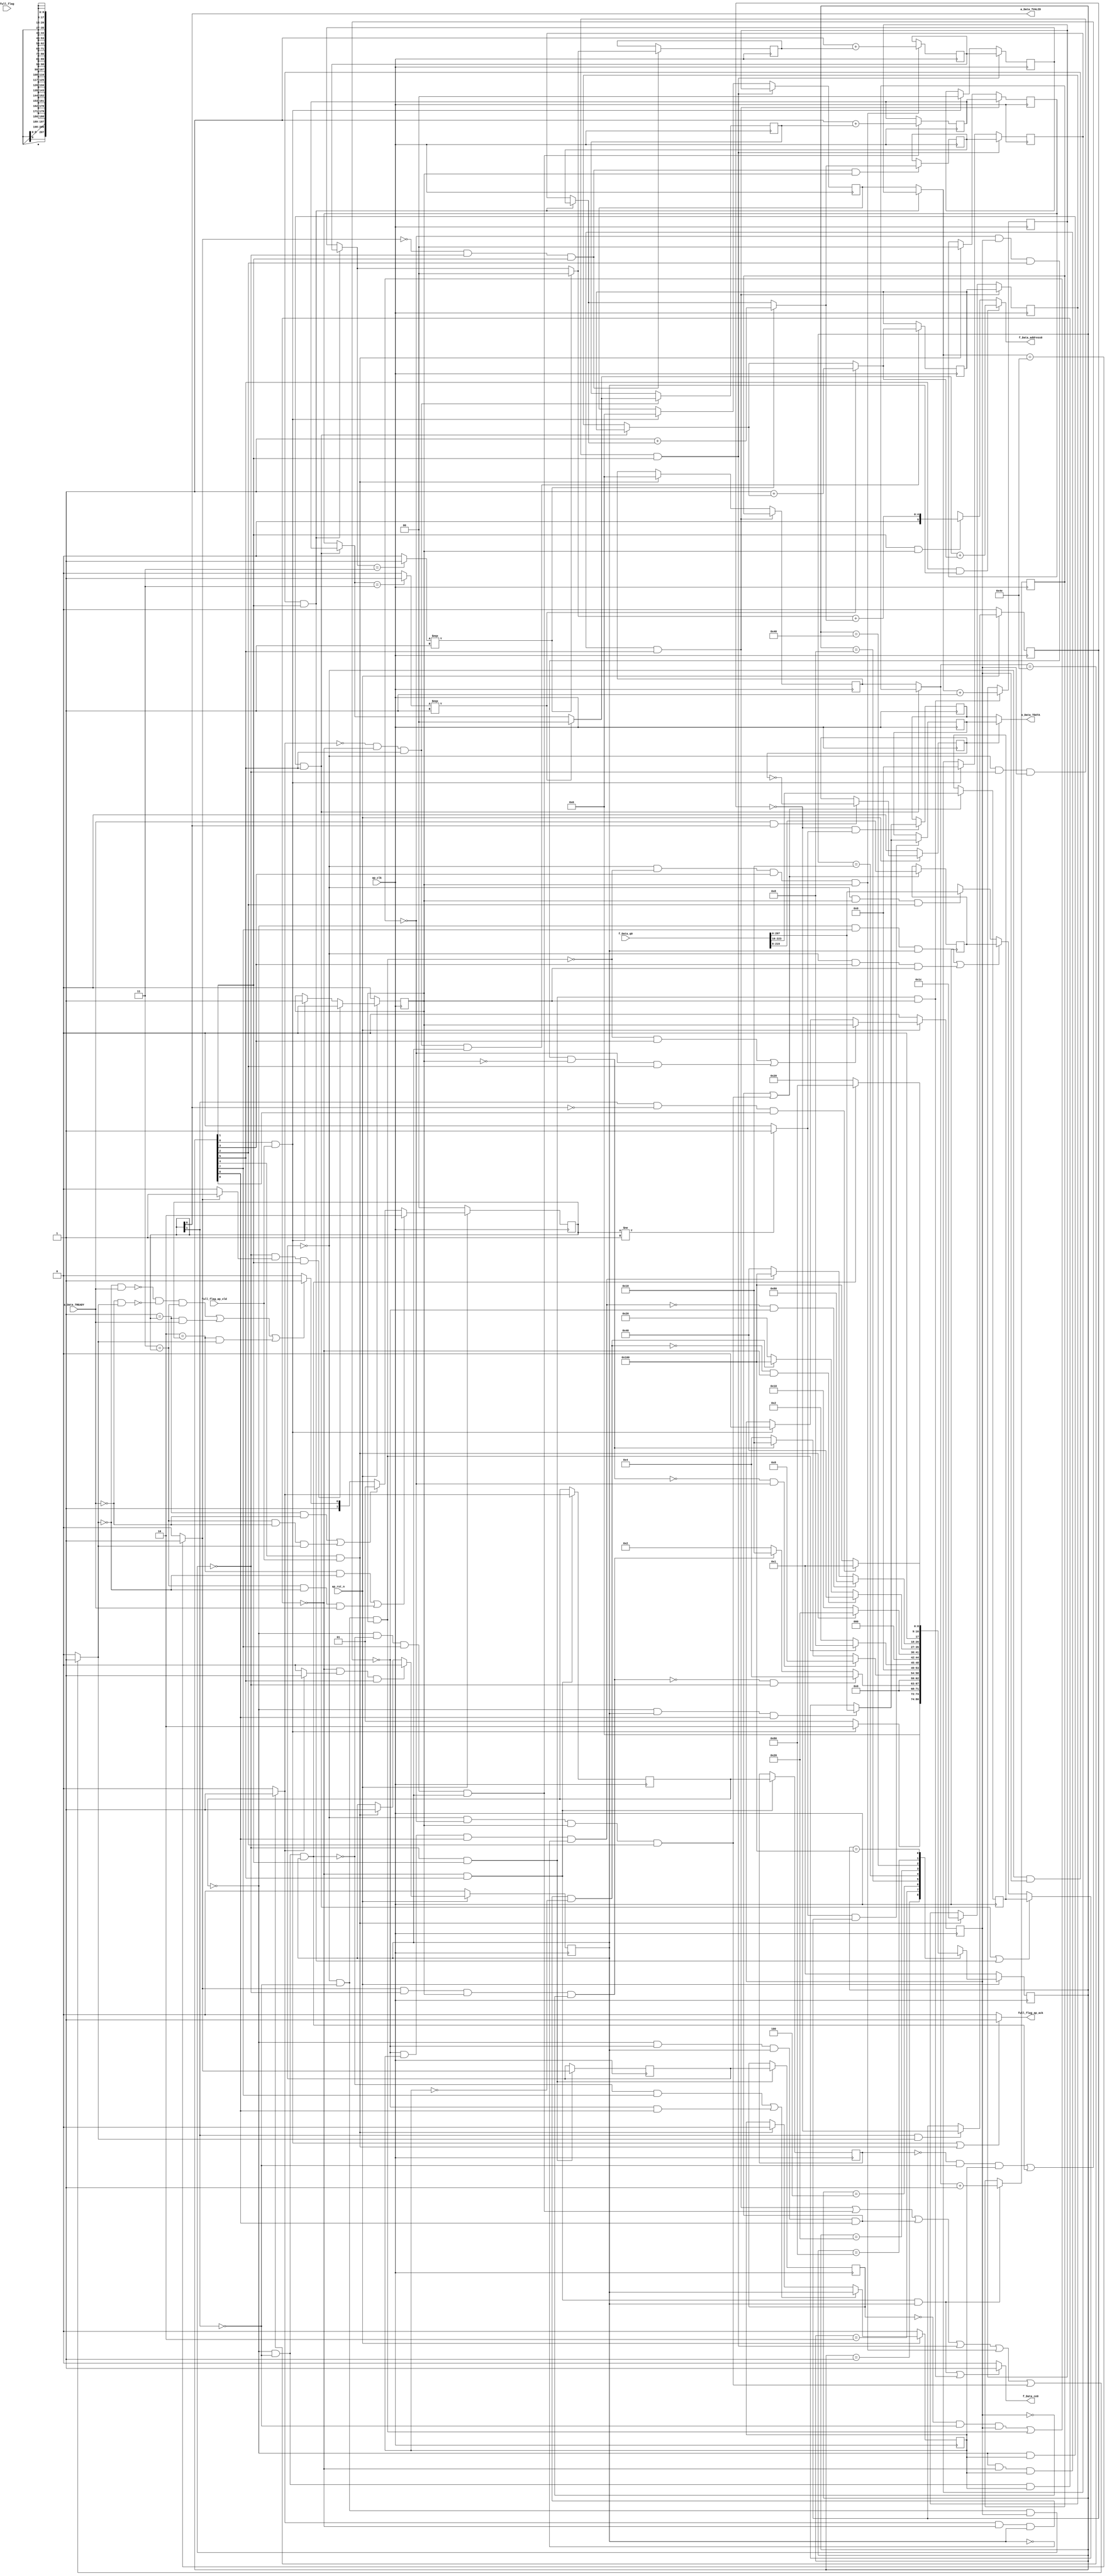
// ==============================================================
// RTL generated by Vivado(TM) HLS - High-Level Synthesis from C, C++ and SystemC
// Version: 2018.3
// Copyright (C) 1986-2018 Xilinx, Inc. All Rights Reserved.
// 
// ===========================================================

`timescale 1 ns / 1 ps 

(* CORE_GENERATION_INFO="Layer1_ReadBRAM,hls_ip_2018_3,{HLS_INPUT_TYPE=cxx,HLS_INPUT_FLOAT=0,HLS_INPUT_FIXED=0,HLS_INPUT_PART=xazu3eg-sfvc784-1-i,HLS_INPUT_CLOCK=10.000000,HLS_INPUT_ARCH=others,HLS_SYN_CLOCK=3.677000,HLS_SYN_LAT=474,HLS_SYN_TPT=none,HLS_SYN_MEM=0,HLS_SYN_DSP=0,HLS_SYN_FF=915,HLS_SYN_LUT=552,HLS_VERSION=2018_3}" *)

module Layer1_ReadBRAM (
        ap_clk,
        ap_rst_n,
        full_flag,
        full_flag_ap_vld,
        full_flag_ap_ack,
        f_Data_address0,
        f_Data_ce0,
        f_Data_q0,
        a_Data_TDATA,
        a_Data_TVALID,
        a_Data_TREADY
);

parameter    ap_ST_fsm_state1 = 9'd1;
parameter    ap_ST_fsm_pp0_stage0 = 9'd2;
parameter    ap_ST_fsm_pp0_stage1 = 9'd4;
parameter    ap_ST_fsm_pp0_stage2 = 9'd8;
parameter    ap_ST_fsm_state7 = 9'd16;
parameter    ap_ST_fsm_pp1_stage0 = 9'd32;
parameter    ap_ST_fsm_pp1_stage1 = 9'd64;
parameter    ap_ST_fsm_pp1_stage2 = 9'd128;
parameter    ap_ST_fsm_state13 = 9'd256;

input   ap_clk;
input   ap_rst_n;
input   full_flag;
input   full_flag_ap_vld;
output   full_flag_ap_ack;
output  [5:0] f_Data_address0;
output   f_Data_ce0;
input  [223:0] f_Data_q0;
output  [207:0] a_Data_TDATA;
output   a_Data_TVALID;
input   a_Data_TREADY;

reg full_flag_ap_ack;
reg[5:0] f_Data_address0;
reg f_Data_ce0;

 reg    ap_rst_n_inv;
reg   [207:0] a_Data_1_data_in;
reg   [207:0] a_Data_1_data_out;
reg    a_Data_1_vld_in;
wire    a_Data_1_vld_out;
wire    a_Data_1_ack_in;
wire    a_Data_1_ack_out;
reg   [207:0] a_Data_1_payload_A;
reg   [207:0] a_Data_1_payload_B;
reg    a_Data_1_sel_rd;
reg    a_Data_1_sel_wr;
wire    a_Data_1_sel;
wire    a_Data_1_load_A;
wire    a_Data_1_load_B;
reg   [1:0] a_Data_1_state;
wire    a_Data_1_state_cmp_full;
reg    full_flag_blk_n;
(* fsm_encoding = "none" *) reg   [8:0] ap_CS_fsm;
wire    ap_CS_fsm_state1;
wire    ap_CS_fsm_state7;
reg    a_Data_TDATA_blk_n;
wire    ap_CS_fsm_pp0_stage1;
reg    ap_enable_reg_pp0_iter0;
wire    ap_block_pp0_stage1;
reg   [0:0] exitcond_flatten_reg_342;
wire    ap_CS_fsm_pp0_stage2;
wire    ap_block_pp0_stage2;
wire    ap_CS_fsm_pp0_stage0;
reg    ap_enable_reg_pp0_iter1;
wire    ap_block_pp0_stage0;
reg   [0:0] exitcond_flatten_reg_342_pp0_iter1_reg;
wire    ap_CS_fsm_pp1_stage1;
reg    ap_enable_reg_pp1_iter0;
wire    ap_block_pp1_stage1;
reg   [0:0] exitcond_flatten8_reg_376;
wire    ap_CS_fsm_pp1_stage2;
wire    ap_block_pp1_stage2;
wire    ap_CS_fsm_pp1_stage0;
reg    ap_enable_reg_pp1_iter1;
wire    ap_block_pp1_stage0;
reg   [0:0] exitcond_flatten8_reg_376_pp1_iter1_reg;
reg   [6:0] indvar_flatten_reg_116;
reg   [4:0] rc_reg_127;
reg   [1:0] k_reg_138;
reg   [6:0] indvar_flatten6_reg_149;
reg   [5:0] rc3_reg_160;
reg   [1:0] k4_reg_171;
reg   [207:0] reg_202;
wire    ap_block_state3_pp0_stage1_iter0;
reg    ap_block_state3_io;
wire    ap_block_state6_pp0_stage1_iter1;
reg    ap_block_state6_io;
reg    ap_block_pp0_stage1_11001;
wire    ap_block_state9_pp1_stage1_iter0;
reg    ap_block_state9_io;
wire    ap_block_state12_pp1_stage1_iter1;
reg    ap_block_state12_io;
reg    ap_block_pp1_stage1_11001;
reg   [207:0] reg_207;
wire   [0:0] exitcond_flatten_fu_212_p2;
wire    ap_block_state2_pp0_stage0_iter0;
wire    ap_block_state5_pp0_stage0_iter1;
reg    ap_block_state5_io;
reg    ap_block_pp0_stage0_11001;
wire   [6:0] indvar_flatten_next_fu_218_p2;
reg   [6:0] indvar_flatten_next_reg_346;
wire   [1:0] k_mid2_fu_230_p3;
reg   [1:0] k_mid2_reg_351;
wire   [4:0] rc_mid2_fu_244_p3;
reg   [4:0] rc_mid2_reg_356;
wire   [207:0] tmp_5_fu_267_p1;
wire   [1:0] k_1_fu_272_p2;
reg   [1:0] k_1_reg_371;
wire    ap_block_state4_pp0_stage2_iter0;
reg    ap_block_state4_io;
reg    ap_block_pp0_stage2_11001;
wire   [0:0] exitcond_flatten8_fu_277_p2;
wire    ap_block_state8_pp1_stage0_iter0;
wire    ap_block_state11_pp1_stage0_iter1;
reg    ap_block_state11_io;
reg    ap_block_pp1_stage0_11001;
wire   [6:0] indvar_flatten_next7_fu_283_p2;
reg   [6:0] indvar_flatten_next7_reg_380;
wire   [1:0] k4_mid2_fu_295_p3;
reg   [1:0] k4_mid2_reg_385;
wire   [5:0] rc3_mid2_fu_309_p3;
reg   [5:0] rc3_mid2_reg_390;
wire   [207:0] tmp_9_fu_332_p1;
wire   [1:0] k_2_fu_337_p2;
reg   [1:0] k_2_reg_405;
wire    ap_block_state10_pp1_stage2_iter0;
reg    ap_block_state10_io;
reg    ap_block_pp1_stage2_11001;
reg    ap_block_pp0_stage0_subdone;
reg    ap_condition_pp0_exit_iter0_state2;
reg    ap_block_pp0_stage2_subdone;
reg    ap_block_pp0_stage1_subdone;
reg    ap_block_pp1_stage0_subdone;
reg    ap_condition_pp1_exit_iter0_state8;
reg    ap_block_pp1_stage2_subdone;
reg    ap_block_pp1_stage1_subdone;
reg   [6:0] ap_phi_mux_indvar_flatten_phi_fu_120_p4;
reg   [4:0] ap_phi_mux_rc_phi_fu_131_p4;
reg   [1:0] ap_phi_mux_k_phi_fu_142_p4;
reg   [6:0] ap_phi_mux_indvar_flatten6_phi_fu_153_p4;
reg   [5:0] ap_phi_mux_rc3_phi_fu_164_p4;
reg   [1:0] ap_phi_mux_k4_phi_fu_175_p4;
wire   [63:0] tmp_1_fu_262_p1;
wire   [63:0] tmp_4_fu_327_p1;
wire    ap_block_pp0_stage1_01001;
wire    ap_block_pp0_stage2_01001;
wire    ap_block_pp0_stage0_01001;
wire    ap_block_pp1_stage1_01001;
wire    ap_block_pp1_stage2_01001;
wire    ap_block_pp1_stage0_01001;
wire   [0:0] exitcond_fu_224_p2;
wire   [4:0] rc_s_fu_238_p2;
wire   [4:0] k_cast7_fu_252_p1;
wire   [4:0] tmp_fu_256_p2;
wire   [0:0] exitcond1_fu_289_p2;
wire   [5:0] rc_1_fu_303_p2;
wire   [5:0] k4_cast6_fu_317_p1;
wire   [5:0] tmp_3_fu_321_p2;
reg   [8:0] ap_NS_fsm;
wire    ap_CS_fsm_state13;
reg    ap_idle_pp0;
wire    ap_enable_pp0;
reg    ap_idle_pp1;
wire    ap_enable_pp1;

// power-on initialization
initial begin
#0 a_Data_1_sel_rd = 1'b0;
#0 a_Data_1_sel_wr = 1'b0;
#0 a_Data_1_state = 2'd0;
#0 ap_CS_fsm = 9'd1;
#0 ap_enable_reg_pp0_iter0 = 1'b0;
#0 ap_enable_reg_pp0_iter1 = 1'b0;
#0 ap_enable_reg_pp1_iter0 = 1'b0;
#0 ap_enable_reg_pp1_iter1 = 1'b0;
end

always @ (posedge ap_clk) begin
    if (ap_rst_n_inv == 1'b1) begin
        a_Data_1_sel_rd <= 1'b0;
    end else begin
        if (((1'b1 == a_Data_1_ack_out) & (1'b1 == a_Data_1_vld_out))) begin
            a_Data_1_sel_rd <= ~a_Data_1_sel_rd;
        end
    end
end

always @ (posedge ap_clk) begin
    if (ap_rst_n_inv == 1'b1) begin
        a_Data_1_sel_wr <= 1'b0;
    end else begin
        if (((1'b1 == a_Data_1_ack_in) & (1'b1 == a_Data_1_vld_in))) begin
            a_Data_1_sel_wr <= ~a_Data_1_sel_wr;
        end
    end
end

always @ (posedge ap_clk) begin
    if (ap_rst_n_inv == 1'b1) begin
        a_Data_1_state <= 2'd0;
    end else begin
        if ((((2'd2 == a_Data_1_state) & (1'b0 == a_Data_1_vld_in)) | ((2'd3 == a_Data_1_state) & (1'b0 == a_Data_1_vld_in) & (1'b1 == a_Data_1_ack_out)))) begin
            a_Data_1_state <= 2'd2;
        end else if ((((2'd1 == a_Data_1_state) & (1'b0 == a_Data_1_ack_out)) | ((2'd3 == a_Data_1_state) & (1'b0 == a_Data_1_ack_out) & (1'b1 == a_Data_1_vld_in)))) begin
            a_Data_1_state <= 2'd1;
        end else if (((~((1'b0 == a_Data_1_vld_in) & (1'b1 == a_Data_1_ack_out)) & ~((1'b0 == a_Data_1_ack_out) & (1'b1 == a_Data_1_vld_in)) & (2'd3 == a_Data_1_state)) | ((2'd1 == a_Data_1_state) & (1'b1 == a_Data_1_ack_out)) | ((2'd2 == a_Data_1_state) & (1'b1 == a_Data_1_vld_in)))) begin
            a_Data_1_state <= 2'd3;
        end else begin
            a_Data_1_state <= 2'd2;
        end
    end
end

always @ (posedge ap_clk) begin
    if (ap_rst_n_inv == 1'b1) begin
        ap_CS_fsm <= ap_ST_fsm_state1;
    end else begin
        ap_CS_fsm <= ap_NS_fsm;
    end
end

always @ (posedge ap_clk) begin
    if (ap_rst_n_inv == 1'b1) begin
        ap_enable_reg_pp0_iter0 <= 1'b0;
    end else begin
        if (((1'b0 == ap_block_pp0_stage0_subdone) & (1'b1 == ap_condition_pp0_exit_iter0_state2) & (1'b1 == ap_CS_fsm_pp0_stage0))) begin
            ap_enable_reg_pp0_iter0 <= 1'b0;
        end else if (((1'b1 == ap_CS_fsm_state1) & (full_flag_ap_vld == 1'b1))) begin
            ap_enable_reg_pp0_iter0 <= 1'b1;
        end
    end
end

always @ (posedge ap_clk) begin
    if (ap_rst_n_inv == 1'b1) begin
        ap_enable_reg_pp0_iter1 <= 1'b0;
    end else begin
        if ((((1'b0 == ap_block_pp0_stage2_subdone) & (1'b1 == ap_CS_fsm_pp0_stage2)) | ((1'b0 == ap_block_pp0_stage1_subdone) & (1'b1 == ap_CS_fsm_pp0_stage1)))) begin
            ap_enable_reg_pp0_iter1 <= ap_enable_reg_pp0_iter0;
        end else if (((1'b1 == ap_CS_fsm_state1) & (full_flag_ap_vld == 1'b1))) begin
            ap_enable_reg_pp0_iter1 <= 1'b0;
        end
    end
end

always @ (posedge ap_clk) begin
    if (ap_rst_n_inv == 1'b1) begin
        ap_enable_reg_pp1_iter0 <= 1'b0;
    end else begin
        if (((1'b0 == ap_block_pp1_stage0_subdone) & (1'b1 == ap_condition_pp1_exit_iter0_state8) & (1'b1 == ap_CS_fsm_pp1_stage0))) begin
            ap_enable_reg_pp1_iter0 <= 1'b0;
        end else if (((1'b1 == ap_CS_fsm_state7) & (full_flag_ap_vld == 1'b1))) begin
            ap_enable_reg_pp1_iter0 <= 1'b1;
        end
    end
end

always @ (posedge ap_clk) begin
    if (ap_rst_n_inv == 1'b1) begin
        ap_enable_reg_pp1_iter1 <= 1'b0;
    end else begin
        if ((((1'b0 == ap_block_pp1_stage2_subdone) & (1'b1 == ap_CS_fsm_pp1_stage2)) | ((1'b0 == ap_block_pp1_stage1_subdone) & (1'b1 == ap_CS_fsm_pp1_stage1)))) begin
            ap_enable_reg_pp1_iter1 <= ap_enable_reg_pp1_iter0;
        end else if (((1'b1 == ap_CS_fsm_state7) & (full_flag_ap_vld == 1'b1))) begin
            ap_enable_reg_pp1_iter1 <= 1'b0;
        end
    end
end

always @ (posedge ap_clk) begin
    if (((exitcond_flatten8_reg_376 == 1'd0) & (1'b0 == ap_block_pp1_stage0_11001) & (ap_enable_reg_pp1_iter1 == 1'b1) & (1'b1 == ap_CS_fsm_pp1_stage0))) begin
        indvar_flatten6_reg_149 <= indvar_flatten_next7_reg_380;
    end else if (((1'b1 == ap_CS_fsm_state7) & (full_flag_ap_vld == 1'b1))) begin
        indvar_flatten6_reg_149 <= 7'd0;
    end
end

always @ (posedge ap_clk) begin
    if (((exitcond_flatten_reg_342 == 1'd0) & (1'b0 == ap_block_pp0_stage0_11001) & (ap_enable_reg_pp0_iter1 == 1'b1) & (1'b1 == ap_CS_fsm_pp0_stage0))) begin
        indvar_flatten_reg_116 <= indvar_flatten_next_reg_346;
    end else if (((1'b1 == ap_CS_fsm_state1) & (full_flag_ap_vld == 1'b1))) begin
        indvar_flatten_reg_116 <= 7'd0;
    end
end

always @ (posedge ap_clk) begin
    if (((exitcond_flatten8_reg_376 == 1'd0) & (1'b0 == ap_block_pp1_stage0_11001) & (ap_enable_reg_pp1_iter1 == 1'b1) & (1'b1 == ap_CS_fsm_pp1_stage0))) begin
        k4_reg_171 <= k_2_reg_405;
    end else if (((1'b1 == ap_CS_fsm_state7) & (full_flag_ap_vld == 1'b1))) begin
        k4_reg_171 <= 2'd0;
    end
end

always @ (posedge ap_clk) begin
    if (((exitcond_flatten_reg_342 == 1'd0) & (1'b0 == ap_block_pp0_stage0_11001) & (ap_enable_reg_pp0_iter1 == 1'b1) & (1'b1 == ap_CS_fsm_pp0_stage0))) begin
        k_reg_138 <= k_1_reg_371;
    end else if (((1'b1 == ap_CS_fsm_state1) & (full_flag_ap_vld == 1'b1))) begin
        k_reg_138 <= 2'd0;
    end
end

always @ (posedge ap_clk) begin
    if (((exitcond_flatten8_reg_376 == 1'd0) & (1'b0 == ap_block_pp1_stage0_11001) & (ap_enable_reg_pp1_iter1 == 1'b1) & (1'b1 == ap_CS_fsm_pp1_stage0))) begin
        rc3_reg_160 <= rc3_mid2_reg_390;
    end else if (((1'b1 == ap_CS_fsm_state7) & (full_flag_ap_vld == 1'b1))) begin
        rc3_reg_160 <= 6'd28;
    end
end

always @ (posedge ap_clk) begin
    if (((exitcond_flatten_reg_342 == 1'd0) & (1'b0 == ap_block_pp0_stage0_11001) & (ap_enable_reg_pp0_iter1 == 1'b1) & (1'b1 == ap_CS_fsm_pp0_stage0))) begin
        rc_reg_127 <= rc_mid2_reg_356;
    end else if (((1'b1 == ap_CS_fsm_state1) & (full_flag_ap_vld == 1'b1))) begin
        rc_reg_127 <= 5'd0;
    end
end

always @ (posedge ap_clk) begin
    if ((1'b1 == a_Data_1_load_A)) begin
        a_Data_1_payload_A <= a_Data_1_data_in;
    end
end

always @ (posedge ap_clk) begin
    if ((1'b1 == a_Data_1_load_B)) begin
        a_Data_1_payload_B <= a_Data_1_data_in;
    end
end

always @ (posedge ap_clk) begin
    if (((1'b0 == ap_block_pp1_stage0_11001) & (1'b1 == ap_CS_fsm_pp1_stage0))) begin
        exitcond_flatten8_reg_376 <= exitcond_flatten8_fu_277_p2;
        exitcond_flatten8_reg_376_pp1_iter1_reg <= exitcond_flatten8_reg_376;
    end
end

always @ (posedge ap_clk) begin
    if (((1'b0 == ap_block_pp0_stage0_11001) & (1'b1 == ap_CS_fsm_pp0_stage0))) begin
        exitcond_flatten_reg_342 <= exitcond_flatten_fu_212_p2;
        exitcond_flatten_reg_342_pp0_iter1_reg <= exitcond_flatten_reg_342;
    end
end

always @ (posedge ap_clk) begin
    if (((1'b0 == ap_block_pp1_stage0_11001) & (1'b1 == ap_CS_fsm_pp1_stage0) & (ap_enable_reg_pp1_iter0 == 1'b1))) begin
        indvar_flatten_next7_reg_380 <= indvar_flatten_next7_fu_283_p2;
    end
end

always @ (posedge ap_clk) begin
    if (((1'b0 == ap_block_pp0_stage0_11001) & (1'b1 == ap_CS_fsm_pp0_stage0) & (ap_enable_reg_pp0_iter0 == 1'b1))) begin
        indvar_flatten_next_reg_346 <= indvar_flatten_next_fu_218_p2;
    end
end

always @ (posedge ap_clk) begin
    if (((exitcond_flatten8_fu_277_p2 == 1'd0) & (1'b0 == ap_block_pp1_stage0_11001) & (1'b1 == ap_CS_fsm_pp1_stage0))) begin
        k4_mid2_reg_385 <= k4_mid2_fu_295_p3;
    end
end

always @ (posedge ap_clk) begin
    if (((exitcond_flatten_reg_342 == 1'd0) & (1'b0 == ap_block_pp0_stage2_11001) & (1'b1 == ap_CS_fsm_pp0_stage2) & (ap_enable_reg_pp0_iter0 == 1'b1))) begin
        k_1_reg_371 <= k_1_fu_272_p2;
    end
end

always @ (posedge ap_clk) begin
    if (((exitcond_flatten8_reg_376 == 1'd0) & (1'b0 == ap_block_pp1_stage2_11001) & (1'b1 == ap_CS_fsm_pp1_stage2) & (ap_enable_reg_pp1_iter0 == 1'b1))) begin
        k_2_reg_405 <= k_2_fu_337_p2;
    end
end

always @ (posedge ap_clk) begin
    if (((exitcond_flatten_fu_212_p2 == 1'd0) & (1'b0 == ap_block_pp0_stage0_11001) & (1'b1 == ap_CS_fsm_pp0_stage0))) begin
        k_mid2_reg_351 <= k_mid2_fu_230_p3;
    end
end

always @ (posedge ap_clk) begin
    if (((exitcond_flatten8_fu_277_p2 == 1'd0) & (1'b0 == ap_block_pp1_stage0_11001) & (1'b1 == ap_CS_fsm_pp1_stage0) & (ap_enable_reg_pp1_iter0 == 1'b1))) begin
        rc3_mid2_reg_390 <= rc3_mid2_fu_309_p3;
    end
end

always @ (posedge ap_clk) begin
    if (((exitcond_flatten_fu_212_p2 == 1'd0) & (1'b0 == ap_block_pp0_stage0_11001) & (1'b1 == ap_CS_fsm_pp0_stage0) & (ap_enable_reg_pp0_iter0 == 1'b1))) begin
        rc_mid2_reg_356 <= rc_mid2_fu_244_p3;
    end
end

always @ (posedge ap_clk) begin
    if ((((exitcond_flatten8_reg_376 == 1'd0) & (1'b0 == ap_block_pp1_stage1_11001) & (ap_enable_reg_pp1_iter0 == 1'b1) & (1'b1 == ap_CS_fsm_pp1_stage1)) | ((exitcond_flatten_reg_342 == 1'd0) & (1'b0 == ap_block_pp0_stage1_11001) & (ap_enable_reg_pp0_iter0 == 1'b1) & (1'b1 == ap_CS_fsm_pp0_stage1)))) begin
        reg_202 <= {{f_Data_q0[215:8]}};
        reg_207 <= {{f_Data_q0[223:16]}};
    end
end

always @ (*) begin
    if (((exitcond_flatten8_reg_376 == 1'd0) & (1'b0 == ap_block_pp1_stage1_01001) & (ap_enable_reg_pp1_iter0 == 1'b1) & (1'b1 == ap_CS_fsm_pp1_stage1))) begin
        a_Data_1_data_in = tmp_9_fu_332_p1;
    end else if ((((exitcond_flatten8_reg_376 == 1'd0) & (1'b0 == ap_block_pp1_stage0_01001) & (ap_enable_reg_pp1_iter1 == 1'b1) & (1'b1 == ap_CS_fsm_pp1_stage0)) | ((exitcond_flatten_reg_342 == 1'd0) & (1'b0 == ap_block_pp0_stage0_01001) & (ap_enable_reg_pp0_iter1 == 1'b1) & (1'b1 == ap_CS_fsm_pp0_stage0)))) begin
        a_Data_1_data_in = reg_207;
    end else if ((((exitcond_flatten8_reg_376 == 1'd0) & (1'b0 == ap_block_pp1_stage2_01001) & (1'b1 == ap_CS_fsm_pp1_stage2) & (ap_enable_reg_pp1_iter0 == 1'b1)) | ((exitcond_flatten_reg_342 == 1'd0) & (1'b0 == ap_block_pp0_stage2_01001) & (1'b1 == ap_CS_fsm_pp0_stage2) & (ap_enable_reg_pp0_iter0 == 1'b1)))) begin
        a_Data_1_data_in = reg_202;
    end else if (((exitcond_flatten_reg_342 == 1'd0) & (1'b0 == ap_block_pp0_stage1_01001) & (ap_enable_reg_pp0_iter0 == 1'b1) & (1'b1 == ap_CS_fsm_pp0_stage1))) begin
        a_Data_1_data_in = tmp_5_fu_267_p1;
    end else begin
        a_Data_1_data_in = 'bx;
    end
end

always @ (*) begin
    if ((1'b1 == a_Data_1_sel)) begin
        a_Data_1_data_out = a_Data_1_payload_B;
    end else begin
        a_Data_1_data_out = a_Data_1_payload_A;
    end
end

always @ (*) begin
    if ((((exitcond_flatten8_reg_376 == 1'd0) & (1'b0 == ap_block_pp1_stage0_11001) & (ap_enable_reg_pp1_iter1 == 1'b1) & (1'b1 == ap_CS_fsm_pp1_stage0)) | ((exitcond_flatten8_reg_376 == 1'd0) & (1'b0 == ap_block_pp1_stage2_11001) & (1'b1 == ap_CS_fsm_pp1_stage2) & (ap_enable_reg_pp1_iter0 == 1'b1)) | ((exitcond_flatten8_reg_376 == 1'd0) & (1'b0 == ap_block_pp1_stage1_11001) & (ap_enable_reg_pp1_iter0 == 1'b1) & (1'b1 == ap_CS_fsm_pp1_stage1)) | ((exitcond_flatten_reg_342 == 1'd0) & (1'b0 == ap_block_pp0_stage0_11001) & (ap_enable_reg_pp0_iter1 == 1'b1) & (1'b1 == ap_CS_fsm_pp0_stage0)) | ((exitcond_flatten_reg_342 == 1'd0) & (1'b0 == ap_block_pp0_stage2_11001) & (1'b1 == ap_CS_fsm_pp0_stage2) & (ap_enable_reg_pp0_iter0 == 1'b1)) | ((exitcond_flatten_reg_342 == 1'd0) & (1'b0 == ap_block_pp0_stage1_11001) & (ap_enable_reg_pp0_iter0 == 1'b1) & (1'b1 == ap_CS_fsm_pp0_stage1)))) begin
        a_Data_1_vld_in = 1'b1;
    end else begin
        a_Data_1_vld_in = 1'b0;
    end
end

always @ (*) begin
    if ((((exitcond_flatten8_reg_376 == 1'd0) & (ap_enable_reg_pp1_iter1 == 1'b1) & (1'b1 == ap_CS_fsm_pp1_stage0) & (1'b0 == ap_block_pp1_stage0)) | ((exitcond_flatten8_reg_376 == 1'd0) & (1'b1 == ap_CS_fsm_pp1_stage2) & (ap_enable_reg_pp1_iter0 == 1'b1) & (1'b0 == ap_block_pp1_stage2)) | ((exitcond_flatten8_reg_376_pp1_iter1_reg == 1'd0) & (ap_enable_reg_pp1_iter1 == 1'b1) & (1'b1 == ap_CS_fsm_pp1_stage1) & (1'b0 == ap_block_pp1_stage1)) | ((exitcond_flatten8_reg_376 == 1'd0) & (ap_enable_reg_pp1_iter0 == 1'b1) & (1'b1 == ap_CS_fsm_pp1_stage1) & (1'b0 == ap_block_pp1_stage1)) | ((exitcond_flatten_reg_342 == 1'd0) & (ap_enable_reg_pp0_iter1 == 1'b1) & (1'b1 == ap_CS_fsm_pp0_stage0) & (1'b0 == ap_block_pp0_stage0)) | ((exitcond_flatten_reg_342 == 1'd0) & (1'b1 == ap_CS_fsm_pp0_stage2) & (ap_enable_reg_pp0_iter0 == 1'b1) & (1'b0 == ap_block_pp0_stage2)) | ((exitcond_flatten_reg_342_pp0_iter1_reg == 1'd0) & (ap_enable_reg_pp0_iter1 == 1'b1) & (1'b1 == ap_CS_fsm_pp0_stage1) & (1'b0 == ap_block_pp0_stage1)) | ((exitcond_flatten_reg_342 == 1'd0) & (ap_enable_reg_pp0_iter0 == 1'b1) & (1'b1 == ap_CS_fsm_pp0_stage1) & (1'b0 == ap_block_pp0_stage1)))) begin
        a_Data_TDATA_blk_n = a_Data_1_state[1'd1];
    end else begin
        a_Data_TDATA_blk_n = 1'b1;
    end
end

always @ (*) begin
    if ((exitcond_flatten_fu_212_p2 == 1'd1)) begin
        ap_condition_pp0_exit_iter0_state2 = 1'b1;
    end else begin
        ap_condition_pp0_exit_iter0_state2 = 1'b0;
    end
end

always @ (*) begin
    if ((exitcond_flatten8_fu_277_p2 == 1'd1)) begin
        ap_condition_pp1_exit_iter0_state8 = 1'b1;
    end else begin
        ap_condition_pp1_exit_iter0_state8 = 1'b0;
    end
end

always @ (*) begin
    if (((ap_enable_reg_pp0_iter1 == 1'b0) & (ap_enable_reg_pp0_iter0 == 1'b0))) begin
        ap_idle_pp0 = 1'b1;
    end else begin
        ap_idle_pp0 = 1'b0;
    end
end

always @ (*) begin
    if (((ap_enable_reg_pp1_iter1 == 1'b0) & (ap_enable_reg_pp1_iter0 == 1'b0))) begin
        ap_idle_pp1 = 1'b1;
    end else begin
        ap_idle_pp1 = 1'b0;
    end
end

always @ (*) begin
    if (((exitcond_flatten8_reg_376 == 1'd0) & (ap_enable_reg_pp1_iter1 == 1'b1) & (1'b1 == ap_CS_fsm_pp1_stage0) & (1'b0 == ap_block_pp1_stage0))) begin
        ap_phi_mux_indvar_flatten6_phi_fu_153_p4 = indvar_flatten_next7_reg_380;
    end else begin
        ap_phi_mux_indvar_flatten6_phi_fu_153_p4 = indvar_flatten6_reg_149;
    end
end

always @ (*) begin
    if (((exitcond_flatten_reg_342 == 1'd0) & (ap_enable_reg_pp0_iter1 == 1'b1) & (1'b1 == ap_CS_fsm_pp0_stage0) & (1'b0 == ap_block_pp0_stage0))) begin
        ap_phi_mux_indvar_flatten_phi_fu_120_p4 = indvar_flatten_next_reg_346;
    end else begin
        ap_phi_mux_indvar_flatten_phi_fu_120_p4 = indvar_flatten_reg_116;
    end
end

always @ (*) begin
    if (((exitcond_flatten8_reg_376 == 1'd0) & (ap_enable_reg_pp1_iter1 == 1'b1) & (1'b1 == ap_CS_fsm_pp1_stage0) & (1'b0 == ap_block_pp1_stage0))) begin
        ap_phi_mux_k4_phi_fu_175_p4 = k_2_reg_405;
    end else begin
        ap_phi_mux_k4_phi_fu_175_p4 = k4_reg_171;
    end
end

always @ (*) begin
    if (((exitcond_flatten_reg_342 == 1'd0) & (ap_enable_reg_pp0_iter1 == 1'b1) & (1'b1 == ap_CS_fsm_pp0_stage0) & (1'b0 == ap_block_pp0_stage0))) begin
        ap_phi_mux_k_phi_fu_142_p4 = k_1_reg_371;
    end else begin
        ap_phi_mux_k_phi_fu_142_p4 = k_reg_138;
    end
end

always @ (*) begin
    if (((exitcond_flatten8_reg_376 == 1'd0) & (ap_enable_reg_pp1_iter1 == 1'b1) & (1'b1 == ap_CS_fsm_pp1_stage0) & (1'b0 == ap_block_pp1_stage0))) begin
        ap_phi_mux_rc3_phi_fu_164_p4 = rc3_mid2_reg_390;
    end else begin
        ap_phi_mux_rc3_phi_fu_164_p4 = rc3_reg_160;
    end
end

always @ (*) begin
    if (((exitcond_flatten_reg_342 == 1'd0) & (ap_enable_reg_pp0_iter1 == 1'b1) & (1'b1 == ap_CS_fsm_pp0_stage0) & (1'b0 == ap_block_pp0_stage0))) begin
        ap_phi_mux_rc_phi_fu_131_p4 = rc_mid2_reg_356;
    end else begin
        ap_phi_mux_rc_phi_fu_131_p4 = rc_reg_127;
    end
end

always @ (*) begin
    if (((1'b1 == ap_CS_fsm_pp1_stage0) & (ap_enable_reg_pp1_iter0 == 1'b1) & (1'b0 == ap_block_pp1_stage0))) begin
        f_Data_address0 = tmp_4_fu_327_p1;
    end else if (((1'b1 == ap_CS_fsm_pp0_stage0) & (ap_enable_reg_pp0_iter0 == 1'b1) & (1'b0 == ap_block_pp0_stage0))) begin
        f_Data_address0 = tmp_1_fu_262_p1;
    end else begin
        f_Data_address0 = 'bx;
    end
end

always @ (*) begin
    if ((((1'b0 == ap_block_pp1_stage0_11001) & (1'b1 == ap_CS_fsm_pp1_stage0) & (ap_enable_reg_pp1_iter0 == 1'b1)) | ((1'b0 == ap_block_pp0_stage0_11001) & (1'b1 == ap_CS_fsm_pp0_stage0) & (ap_enable_reg_pp0_iter0 == 1'b1)))) begin
        f_Data_ce0 = 1'b1;
    end else begin
        f_Data_ce0 = 1'b0;
    end
end

always @ (*) begin
    if ((((1'b1 == ap_CS_fsm_state1) & (full_flag_ap_vld == 1'b1)) | ((1'b1 == ap_CS_fsm_state7) & (full_flag_ap_vld == 1'b1)))) begin
        full_flag_ap_ack = 1'b1;
    end else begin
        full_flag_ap_ack = 1'b0;
    end
end

always @ (*) begin
    if (((1'b1 == ap_CS_fsm_state1) | (1'b1 == ap_CS_fsm_state7))) begin
        full_flag_blk_n = full_flag_ap_vld;
    end else begin
        full_flag_blk_n = 1'b1;
    end
end

always @ (*) begin
    case (ap_CS_fsm)
        ap_ST_fsm_state1 : begin
            if (((1'b1 == ap_CS_fsm_state1) & (full_flag_ap_vld == 1'b1))) begin
                ap_NS_fsm = ap_ST_fsm_pp0_stage0;
            end else begin
                ap_NS_fsm = ap_ST_fsm_state1;
            end
        end
        ap_ST_fsm_pp0_stage0 : begin
            if ((~((exitcond_flatten_fu_212_p2 == 1'd1) & (1'b0 == ap_block_pp0_stage0_subdone) & (ap_enable_reg_pp0_iter0 == 1'b1) & (ap_enable_reg_pp0_iter1 == 1'b0)) & (1'b0 == ap_block_pp0_stage0_subdone))) begin
                ap_NS_fsm = ap_ST_fsm_pp0_stage1;
            end else if (((exitcond_flatten_fu_212_p2 == 1'd1) & (1'b0 == ap_block_pp0_stage0_subdone) & (ap_enable_reg_pp0_iter0 == 1'b1) & (ap_enable_reg_pp0_iter1 == 1'b0))) begin
                ap_NS_fsm = ap_ST_fsm_state7;
            end else begin
                ap_NS_fsm = ap_ST_fsm_pp0_stage0;
            end
        end
        ap_ST_fsm_pp0_stage1 : begin
            if ((~((1'b0 == ap_block_pp0_stage1_subdone) & (ap_enable_reg_pp0_iter1 == 1'b1) & (1'b1 == ap_CS_fsm_pp0_stage1) & (ap_enable_reg_pp0_iter0 == 1'b0)) & (1'b0 == ap_block_pp0_stage1_subdone))) begin
                ap_NS_fsm = ap_ST_fsm_pp0_stage2;
            end else if (((1'b0 == ap_block_pp0_stage1_subdone) & (ap_enable_reg_pp0_iter1 == 1'b1) & (1'b1 == ap_CS_fsm_pp0_stage1) & (ap_enable_reg_pp0_iter0 == 1'b0))) begin
                ap_NS_fsm = ap_ST_fsm_state7;
            end else begin
                ap_NS_fsm = ap_ST_fsm_pp0_stage1;
            end
        end
        ap_ST_fsm_pp0_stage2 : begin
            if ((1'b0 == ap_block_pp0_stage2_subdone)) begin
                ap_NS_fsm = ap_ST_fsm_pp0_stage0;
            end else begin
                ap_NS_fsm = ap_ST_fsm_pp0_stage2;
            end
        end
        ap_ST_fsm_state7 : begin
            if (((1'b1 == ap_CS_fsm_state7) & (full_flag_ap_vld == 1'b1))) begin
                ap_NS_fsm = ap_ST_fsm_pp1_stage0;
            end else begin
                ap_NS_fsm = ap_ST_fsm_state7;
            end
        end
        ap_ST_fsm_pp1_stage0 : begin
            if ((~((exitcond_flatten8_fu_277_p2 == 1'd1) & (1'b0 == ap_block_pp1_stage0_subdone) & (ap_enable_reg_pp1_iter0 == 1'b1) & (ap_enable_reg_pp1_iter1 == 1'b0)) & (1'b0 == ap_block_pp1_stage0_subdone))) begin
                ap_NS_fsm = ap_ST_fsm_pp1_stage1;
            end else if (((exitcond_flatten8_fu_277_p2 == 1'd1) & (1'b0 == ap_block_pp1_stage0_subdone) & (ap_enable_reg_pp1_iter0 == 1'b1) & (ap_enable_reg_pp1_iter1 == 1'b0))) begin
                ap_NS_fsm = ap_ST_fsm_state13;
            end else begin
                ap_NS_fsm = ap_ST_fsm_pp1_stage0;
            end
        end
        ap_ST_fsm_pp1_stage1 : begin
            if ((~((1'b0 == ap_block_pp1_stage1_subdone) & (ap_enable_reg_pp1_iter1 == 1'b1) & (1'b1 == ap_CS_fsm_pp1_stage1) & (ap_enable_reg_pp1_iter0 == 1'b0)) & (1'b0 == ap_block_pp1_stage1_subdone))) begin
                ap_NS_fsm = ap_ST_fsm_pp1_stage2;
            end else if (((1'b0 == ap_block_pp1_stage1_subdone) & (ap_enable_reg_pp1_iter1 == 1'b1) & (1'b1 == ap_CS_fsm_pp1_stage1) & (ap_enable_reg_pp1_iter0 == 1'b0))) begin
                ap_NS_fsm = ap_ST_fsm_state13;
            end else begin
                ap_NS_fsm = ap_ST_fsm_pp1_stage1;
            end
        end
        ap_ST_fsm_pp1_stage2 : begin
            if ((1'b0 == ap_block_pp1_stage2_subdone)) begin
                ap_NS_fsm = ap_ST_fsm_pp1_stage0;
            end else begin
                ap_NS_fsm = ap_ST_fsm_pp1_stage2;
            end
        end
        ap_ST_fsm_state13 : begin
            if (((1'b1 == a_Data_1_ack_in) & (a_Data_1_state[1'd0] == 1'b0) & (1'b1 == ap_CS_fsm_state13))) begin
                ap_NS_fsm = ap_ST_fsm_state1;
            end else begin
                ap_NS_fsm = ap_ST_fsm_state13;
            end
        end
        default : begin
            ap_NS_fsm = 'bx;
        end
    endcase
end

assign a_Data_1_ack_in = a_Data_1_state[1'd1];

assign a_Data_1_ack_out = a_Data_TREADY;

assign a_Data_1_load_A = (~a_Data_1_sel_wr & a_Data_1_state_cmp_full);

assign a_Data_1_load_B = (a_Data_1_state_cmp_full & a_Data_1_sel_wr);

assign a_Data_1_sel = a_Data_1_sel_rd;

assign a_Data_1_state_cmp_full = ((a_Data_1_state != 2'd1) ? 1'b1 : 1'b0);

assign a_Data_1_vld_out = a_Data_1_state[1'd0];

assign a_Data_TDATA = a_Data_1_data_out;

assign a_Data_TVALID = a_Data_1_state[1'd0];

assign ap_CS_fsm_pp0_stage0 = ap_CS_fsm[32'd1];

assign ap_CS_fsm_pp0_stage1 = ap_CS_fsm[32'd2];

assign ap_CS_fsm_pp0_stage2 = ap_CS_fsm[32'd3];

assign ap_CS_fsm_pp1_stage0 = ap_CS_fsm[32'd5];

assign ap_CS_fsm_pp1_stage1 = ap_CS_fsm[32'd6];

assign ap_CS_fsm_pp1_stage2 = ap_CS_fsm[32'd7];

assign ap_CS_fsm_state1 = ap_CS_fsm[32'd0];

assign ap_CS_fsm_state13 = ap_CS_fsm[32'd8];

assign ap_CS_fsm_state7 = ap_CS_fsm[32'd4];

assign ap_block_pp0_stage0 = ~(1'b1 == 1'b1);

assign ap_block_pp0_stage0_01001 = ~(1'b1 == 1'b1);

always @ (*) begin
    ap_block_pp0_stage0_11001 = ((1'b1 == ap_block_state5_io) & (ap_enable_reg_pp0_iter1 == 1'b1));
end

always @ (*) begin
    ap_block_pp0_stage0_subdone = ((1'b1 == ap_block_state5_io) & (ap_enable_reg_pp0_iter1 == 1'b1));
end

assign ap_block_pp0_stage1 = ~(1'b1 == 1'b1);

assign ap_block_pp0_stage1_01001 = ~(1'b1 == 1'b1);

always @ (*) begin
    ap_block_pp0_stage1_11001 = (((1'b1 == ap_block_state6_io) & (ap_enable_reg_pp0_iter1 == 1'b1)) | ((1'b1 == ap_block_state3_io) & (ap_enable_reg_pp0_iter0 == 1'b1)));
end

always @ (*) begin
    ap_block_pp0_stage1_subdone = (((1'b1 == ap_block_state6_io) & (ap_enable_reg_pp0_iter1 == 1'b1)) | ((1'b1 == ap_block_state3_io) & (ap_enable_reg_pp0_iter0 == 1'b1)));
end

assign ap_block_pp0_stage2 = ~(1'b1 == 1'b1);

assign ap_block_pp0_stage2_01001 = ~(1'b1 == 1'b1);

always @ (*) begin
    ap_block_pp0_stage2_11001 = ((1'b1 == ap_block_state4_io) & (ap_enable_reg_pp0_iter0 == 1'b1));
end

always @ (*) begin
    ap_block_pp0_stage2_subdone = ((1'b1 == ap_block_state4_io) & (ap_enable_reg_pp0_iter0 == 1'b1));
end

assign ap_block_pp1_stage0 = ~(1'b1 == 1'b1);

assign ap_block_pp1_stage0_01001 = ~(1'b1 == 1'b1);

always @ (*) begin
    ap_block_pp1_stage0_11001 = ((1'b1 == ap_block_state11_io) & (ap_enable_reg_pp1_iter1 == 1'b1));
end

always @ (*) begin
    ap_block_pp1_stage0_subdone = ((1'b1 == ap_block_state11_io) & (ap_enable_reg_pp1_iter1 == 1'b1));
end

assign ap_block_pp1_stage1 = ~(1'b1 == 1'b1);

assign ap_block_pp1_stage1_01001 = ~(1'b1 == 1'b1);

always @ (*) begin
    ap_block_pp1_stage1_11001 = (((1'b1 == ap_block_state12_io) & (ap_enable_reg_pp1_iter1 == 1'b1)) | ((1'b1 == ap_block_state9_io) & (ap_enable_reg_pp1_iter0 == 1'b1)));
end

always @ (*) begin
    ap_block_pp1_stage1_subdone = (((1'b1 == ap_block_state12_io) & (ap_enable_reg_pp1_iter1 == 1'b1)) | ((1'b1 == ap_block_state9_io) & (ap_enable_reg_pp1_iter0 == 1'b1)));
end

assign ap_block_pp1_stage2 = ~(1'b1 == 1'b1);

assign ap_block_pp1_stage2_01001 = ~(1'b1 == 1'b1);

always @ (*) begin
    ap_block_pp1_stage2_11001 = ((1'b1 == ap_block_state10_io) & (ap_enable_reg_pp1_iter0 == 1'b1));
end

always @ (*) begin
    ap_block_pp1_stage2_subdone = ((1'b1 == ap_block_state10_io) & (ap_enable_reg_pp1_iter0 == 1'b1));
end

always @ (*) begin
    ap_block_state10_io = ((exitcond_flatten8_reg_376 == 1'd0) & (1'b0 == a_Data_1_ack_in));
end

assign ap_block_state10_pp1_stage2_iter0 = ~(1'b1 == 1'b1);

always @ (*) begin
    ap_block_state11_io = ((exitcond_flatten8_reg_376 == 1'd0) & (1'b0 == a_Data_1_ack_in));
end

assign ap_block_state11_pp1_stage0_iter1 = ~(1'b1 == 1'b1);

always @ (*) begin
    ap_block_state12_io = ((exitcond_flatten8_reg_376_pp1_iter1_reg == 1'd0) & (1'b0 == a_Data_1_ack_in));
end

assign ap_block_state12_pp1_stage1_iter1 = ~(1'b1 == 1'b1);

assign ap_block_state2_pp0_stage0_iter0 = ~(1'b1 == 1'b1);

always @ (*) begin
    ap_block_state3_io = ((exitcond_flatten_reg_342 == 1'd0) & (1'b0 == a_Data_1_ack_in));
end

assign ap_block_state3_pp0_stage1_iter0 = ~(1'b1 == 1'b1);

always @ (*) begin
    ap_block_state4_io = ((exitcond_flatten_reg_342 == 1'd0) & (1'b0 == a_Data_1_ack_in));
end

assign ap_block_state4_pp0_stage2_iter0 = ~(1'b1 == 1'b1);

always @ (*) begin
    ap_block_state5_io = ((exitcond_flatten_reg_342 == 1'd0) & (1'b0 == a_Data_1_ack_in));
end

assign ap_block_state5_pp0_stage0_iter1 = ~(1'b1 == 1'b1);

always @ (*) begin
    ap_block_state6_io = ((exitcond_flatten_reg_342_pp0_iter1_reg == 1'd0) & (1'b0 == a_Data_1_ack_in));
end

assign ap_block_state6_pp0_stage1_iter1 = ~(1'b1 == 1'b1);

assign ap_block_state8_pp1_stage0_iter0 = ~(1'b1 == 1'b1);

always @ (*) begin
    ap_block_state9_io = ((exitcond_flatten8_reg_376 == 1'd0) & (1'b0 == a_Data_1_ack_in));
end

assign ap_block_state9_pp1_stage1_iter0 = ~(1'b1 == 1'b1);

assign ap_enable_pp0 = (ap_idle_pp0 ^ 1'b1);

assign ap_enable_pp1 = (ap_idle_pp1 ^ 1'b1);

always @ (*) begin
    ap_rst_n_inv = ~ap_rst_n;
end

assign exitcond1_fu_289_p2 = ((ap_phi_mux_k4_phi_fu_175_p4 == 2'd3) ? 1'b1 : 1'b0);

assign exitcond_flatten8_fu_277_p2 = ((ap_phi_mux_indvar_flatten6_phi_fu_153_p4 == 7'd78) ? 1'b1 : 1'b0);

assign exitcond_flatten_fu_212_p2 = ((ap_phi_mux_indvar_flatten_phi_fu_120_p4 == 7'd78) ? 1'b1 : 1'b0);

assign exitcond_fu_224_p2 = ((ap_phi_mux_k_phi_fu_142_p4 == 2'd3) ? 1'b1 : 1'b0);

assign indvar_flatten_next7_fu_283_p2 = (ap_phi_mux_indvar_flatten6_phi_fu_153_p4 + 7'd1);

assign indvar_flatten_next_fu_218_p2 = (ap_phi_mux_indvar_flatten_phi_fu_120_p4 + 7'd1);

assign k4_cast6_fu_317_p1 = k4_mid2_fu_295_p3;

assign k4_mid2_fu_295_p3 = ((exitcond1_fu_289_p2[0:0] === 1'b1) ? 2'd0 : ap_phi_mux_k4_phi_fu_175_p4);

assign k_1_fu_272_p2 = (2'd1 + k_mid2_reg_351);

assign k_2_fu_337_p2 = (2'd1 + k4_mid2_reg_385);

assign k_cast7_fu_252_p1 = k_mid2_fu_230_p3;

assign k_mid2_fu_230_p3 = ((exitcond_fu_224_p2[0:0] === 1'b1) ? 2'd0 : ap_phi_mux_k_phi_fu_142_p4);

assign rc3_mid2_fu_309_p3 = ((exitcond1_fu_289_p2[0:0] === 1'b1) ? rc_1_fu_303_p2 : ap_phi_mux_rc3_phi_fu_164_p4);

assign rc_1_fu_303_p2 = (6'd1 + ap_phi_mux_rc3_phi_fu_164_p4);

assign rc_mid2_fu_244_p3 = ((exitcond_fu_224_p2[0:0] === 1'b1) ? rc_s_fu_238_p2 : ap_phi_mux_rc_phi_fu_131_p4);

assign rc_s_fu_238_p2 = (5'd1 + ap_phi_mux_rc_phi_fu_131_p4);

assign tmp_1_fu_262_p1 = tmp_fu_256_p2;

assign tmp_3_fu_321_p2 = (k4_cast6_fu_317_p1 + rc3_mid2_fu_309_p3);

assign tmp_4_fu_327_p1 = tmp_3_fu_321_p2;

assign tmp_5_fu_267_p1 = f_Data_q0[207:0];

assign tmp_9_fu_332_p1 = f_Data_q0[207:0];

assign tmp_fu_256_p2 = (k_cast7_fu_252_p1 + rc_mid2_fu_244_p3);

endmodule //Layer1_ReadBRAM